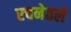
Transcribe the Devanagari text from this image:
रचनेतले